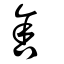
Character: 舍